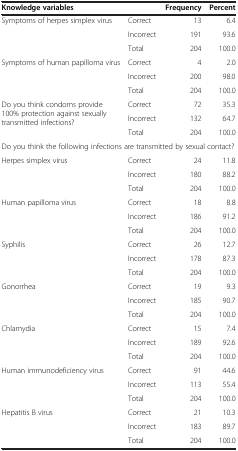
| <COLSPAN=2> Knowledge variables | Frequency | Percent |
 | --- | --- | --- | --- |
 | <ROWSPAN=3> Symptoms of herpes simplex virus | Correct | 13 | 6.4 |
 | Incorrect | 191 | 93.6 |
 | Total | 204 | 100.0 |
 | <ROWSPAN=3> Symptoms of human papilloma virus | Correct | 4 | 2.0 |
 | Incorrect | 200 | 98.0 |
 | Total | 204 | 100.0 |
 | <ROWSPAN=3> Do you think condoms provide 100% protection against sexually transmitted infections? | Correct | 72 | 35.3 |
 | Incorrect | 132 | 64.7 |
 | Total | 204 | 100.0 |
 | <COLSPAN=4> Do you think the following infections are transmitted by sexual contact? |
 | <ROWSPAN=3> Herpes simplex virus | Correct | 24 | 11.8 |
 | Incorrect | 180 | 88.2 |
 | Total | 204 | 100.0 |
 | <ROWSPAN=3> Human papilloma virus | Correct | 18 | 8.8 |
 | Incorrect | 186 | 91.2 |
 | Total | 204 | 100.0 |
 | <ROWSPAN=3> Syphilis | Correct | 26 | 12.7 |
 | Incorrect | 178 | 87.3 |
 | Total | 204 | 100.0 |
 | <ROWSPAN=3> Gonorrhea | Correct | 19 | 9.3 |
 | Incorrect | 185 | 90.7 |
 | Total | 204 | 100.0 |
 | <ROWSPAN=3> Chlamydia | Correct | 15 | 7.4 |
 | Incorrect | 189 | 92.6 |
 | Total | 204 | 100.0 |
 | <ROWSPAN=3> Human immunodeficiency virus | Correct | 91 | 44.6 |
 | Incorrect | 113 | 55.4 |
 | Total | 204 | 100.0 |
 | <ROWSPAN=3> Hepatitis B virus | Correct | 21 | 10.3 |
 | Incorrect | 183 | 89.7 |
 | Total | 204 | 100.0 |